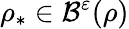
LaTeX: \rho_{\ast}\in\mathcal{B}^{\varepsilon}(\rho)